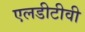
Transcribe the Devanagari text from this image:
एलडीटीवी